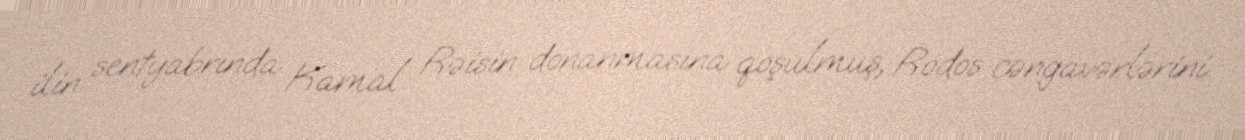
ilin sentyabrında Kamal Rəisin donanmasına qoşulmuş, Rodos cəngavərlərini